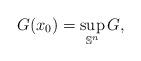
LaTeX: \begin{align*}G(x_0) = \sup_{\mathbb{S}^n} G,\end{align*}